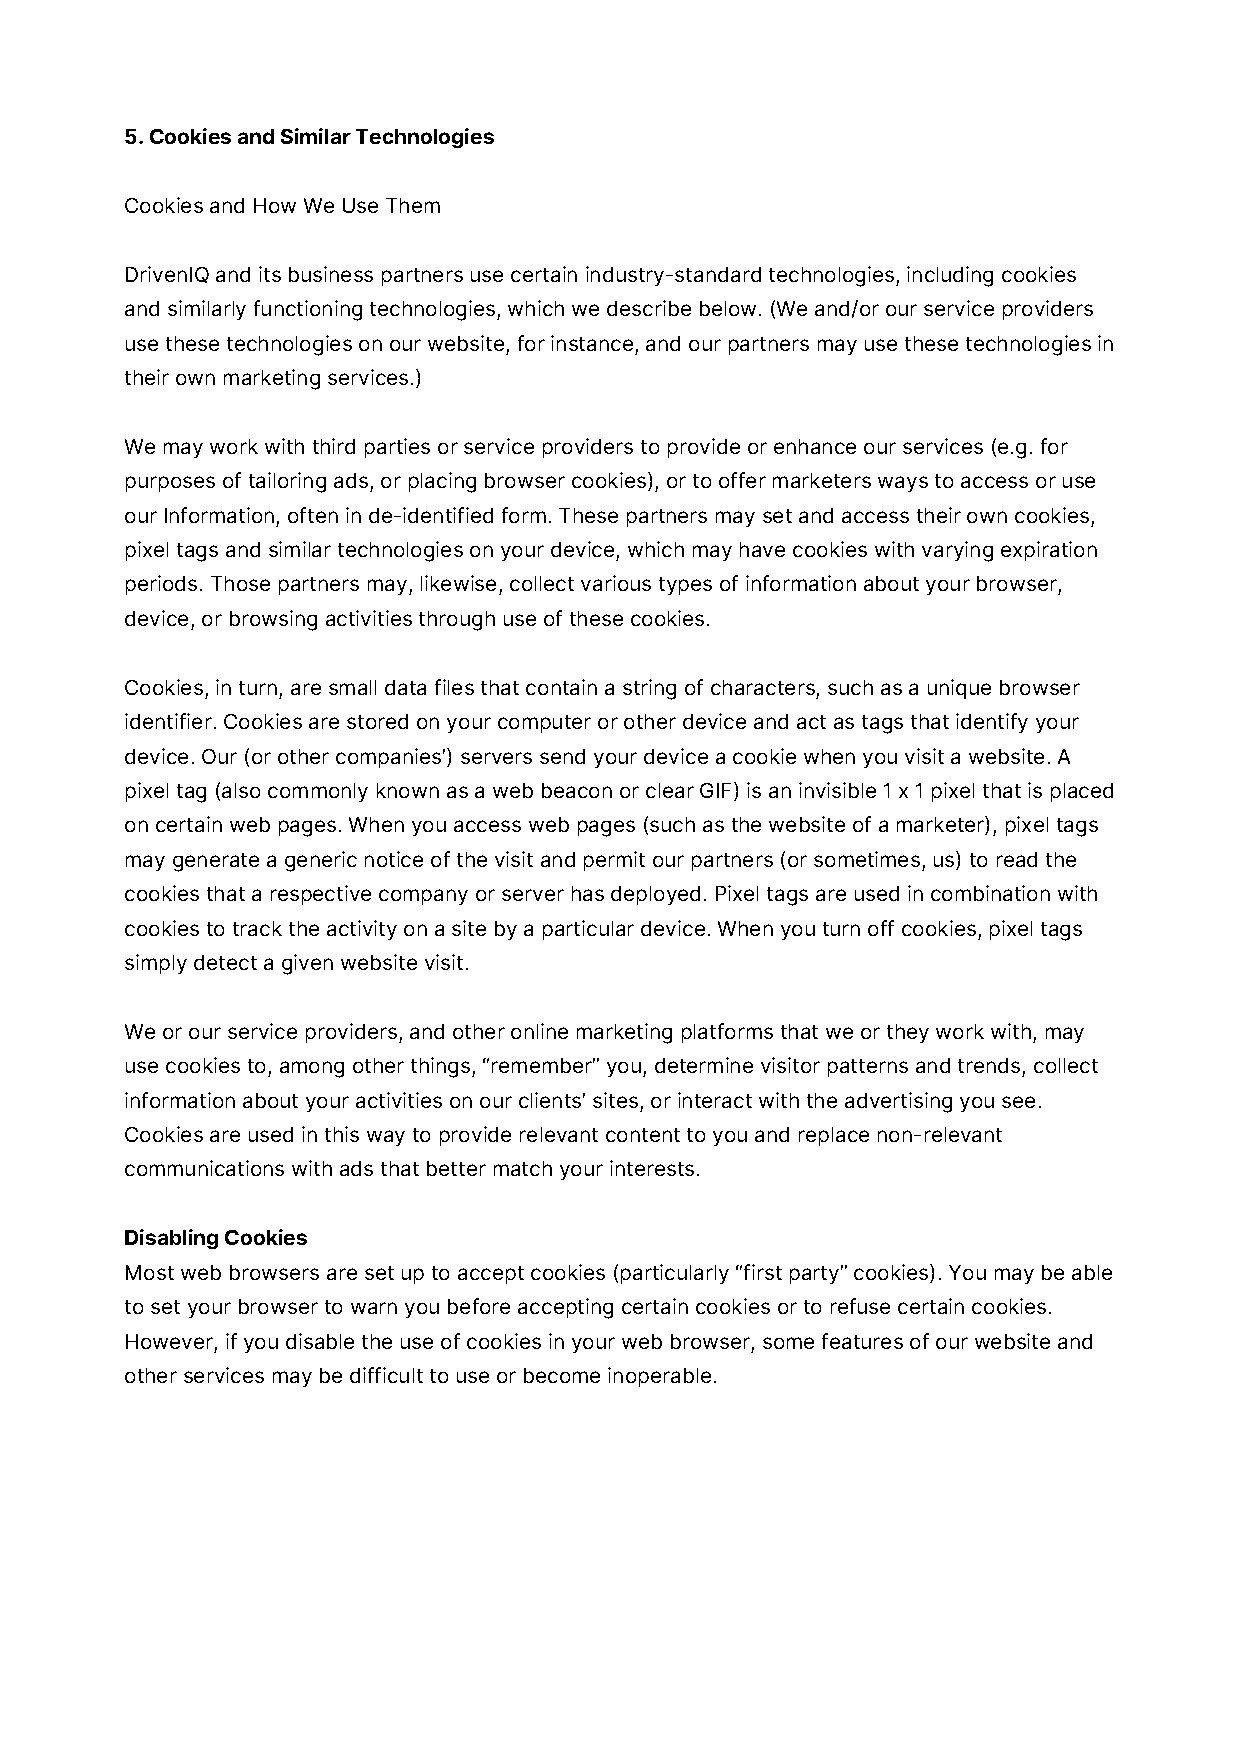
5. Cookies and Similar Technologies
 Cookies and How We Use Them
 DrivenIQ and its business partners use certain industry-standard technologies, including cookies
 and similarly functioning technologies, which we describe below. (We and/or our service providers
 use these technologies on our website, for instance, and our partners may use these technologies in
 their own marketing services.)
 We may work with third parties or service providers to provide or enhance our services (e.g. for
 purposes of tailoring ads, or placing browser cookies), or to offer marketers ways to access or use
 our Information, often in de-identified form. These partners may set and access their own cookies,
 pixel tags and similar technologies on your device, which may have cookies with varying expiration
 periods. Those partners may, likewise, collect various types of information about your browser,
 device, or browsing activities through use of these cookies.
 Cookies, in turn, are small data files that contain a string of characters, such as a unique browser
 identifier. Cookies are stored on your computer or other device and act as tags that identify your
 device. Our (or other companies’) servers send your device a cookie when you visit a website. A
 pixel tag (also commonly known as a web beacon or clear GIF) is an invisible 1 x 1 pixel that is placed
 on certain web pages. When you access web pages (such as the website of a marketer), pixel tags
 may generate a generic notice of the visit and permit our partners (or sometimes, us) to read the
 cookies that a respective company or server has deployed. Pixel tags are used in combination with
 cookies to track the activity on a site by a particular device. When you turn off cookies, pixel tags
 simply detect a given website visit.
 We or our service providers, and other online marketing platforms that we or they work with, may
 use cookies to, among other things, “remember” you, determine visitor patterns and trends, collect
 information about your activities on our clients’ sites, or interact with the advertising you see.
 Cookies are used in this way to provide relevant content to you and replace non-relevant
 communications with ads that better match your interests.
 Disabling Cookies
 Most web browsers are set up to accept cookies (particularly “first party” cookies). You may be able
 to set your browser to warn you before accepting certain cookies or to refuse certain cookies.
 However, if you disable the use of cookies in your web browser, some features of our website and
 other services may be difficult to use or become inoperable.